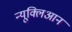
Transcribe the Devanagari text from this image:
न्यूक्लिआन